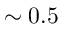
\sim 0 . 5